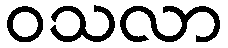
ဝသလာ